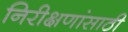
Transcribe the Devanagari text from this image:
निरीक्षणांसाठी